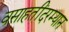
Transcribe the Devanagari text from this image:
वसाहतींदरम्यान